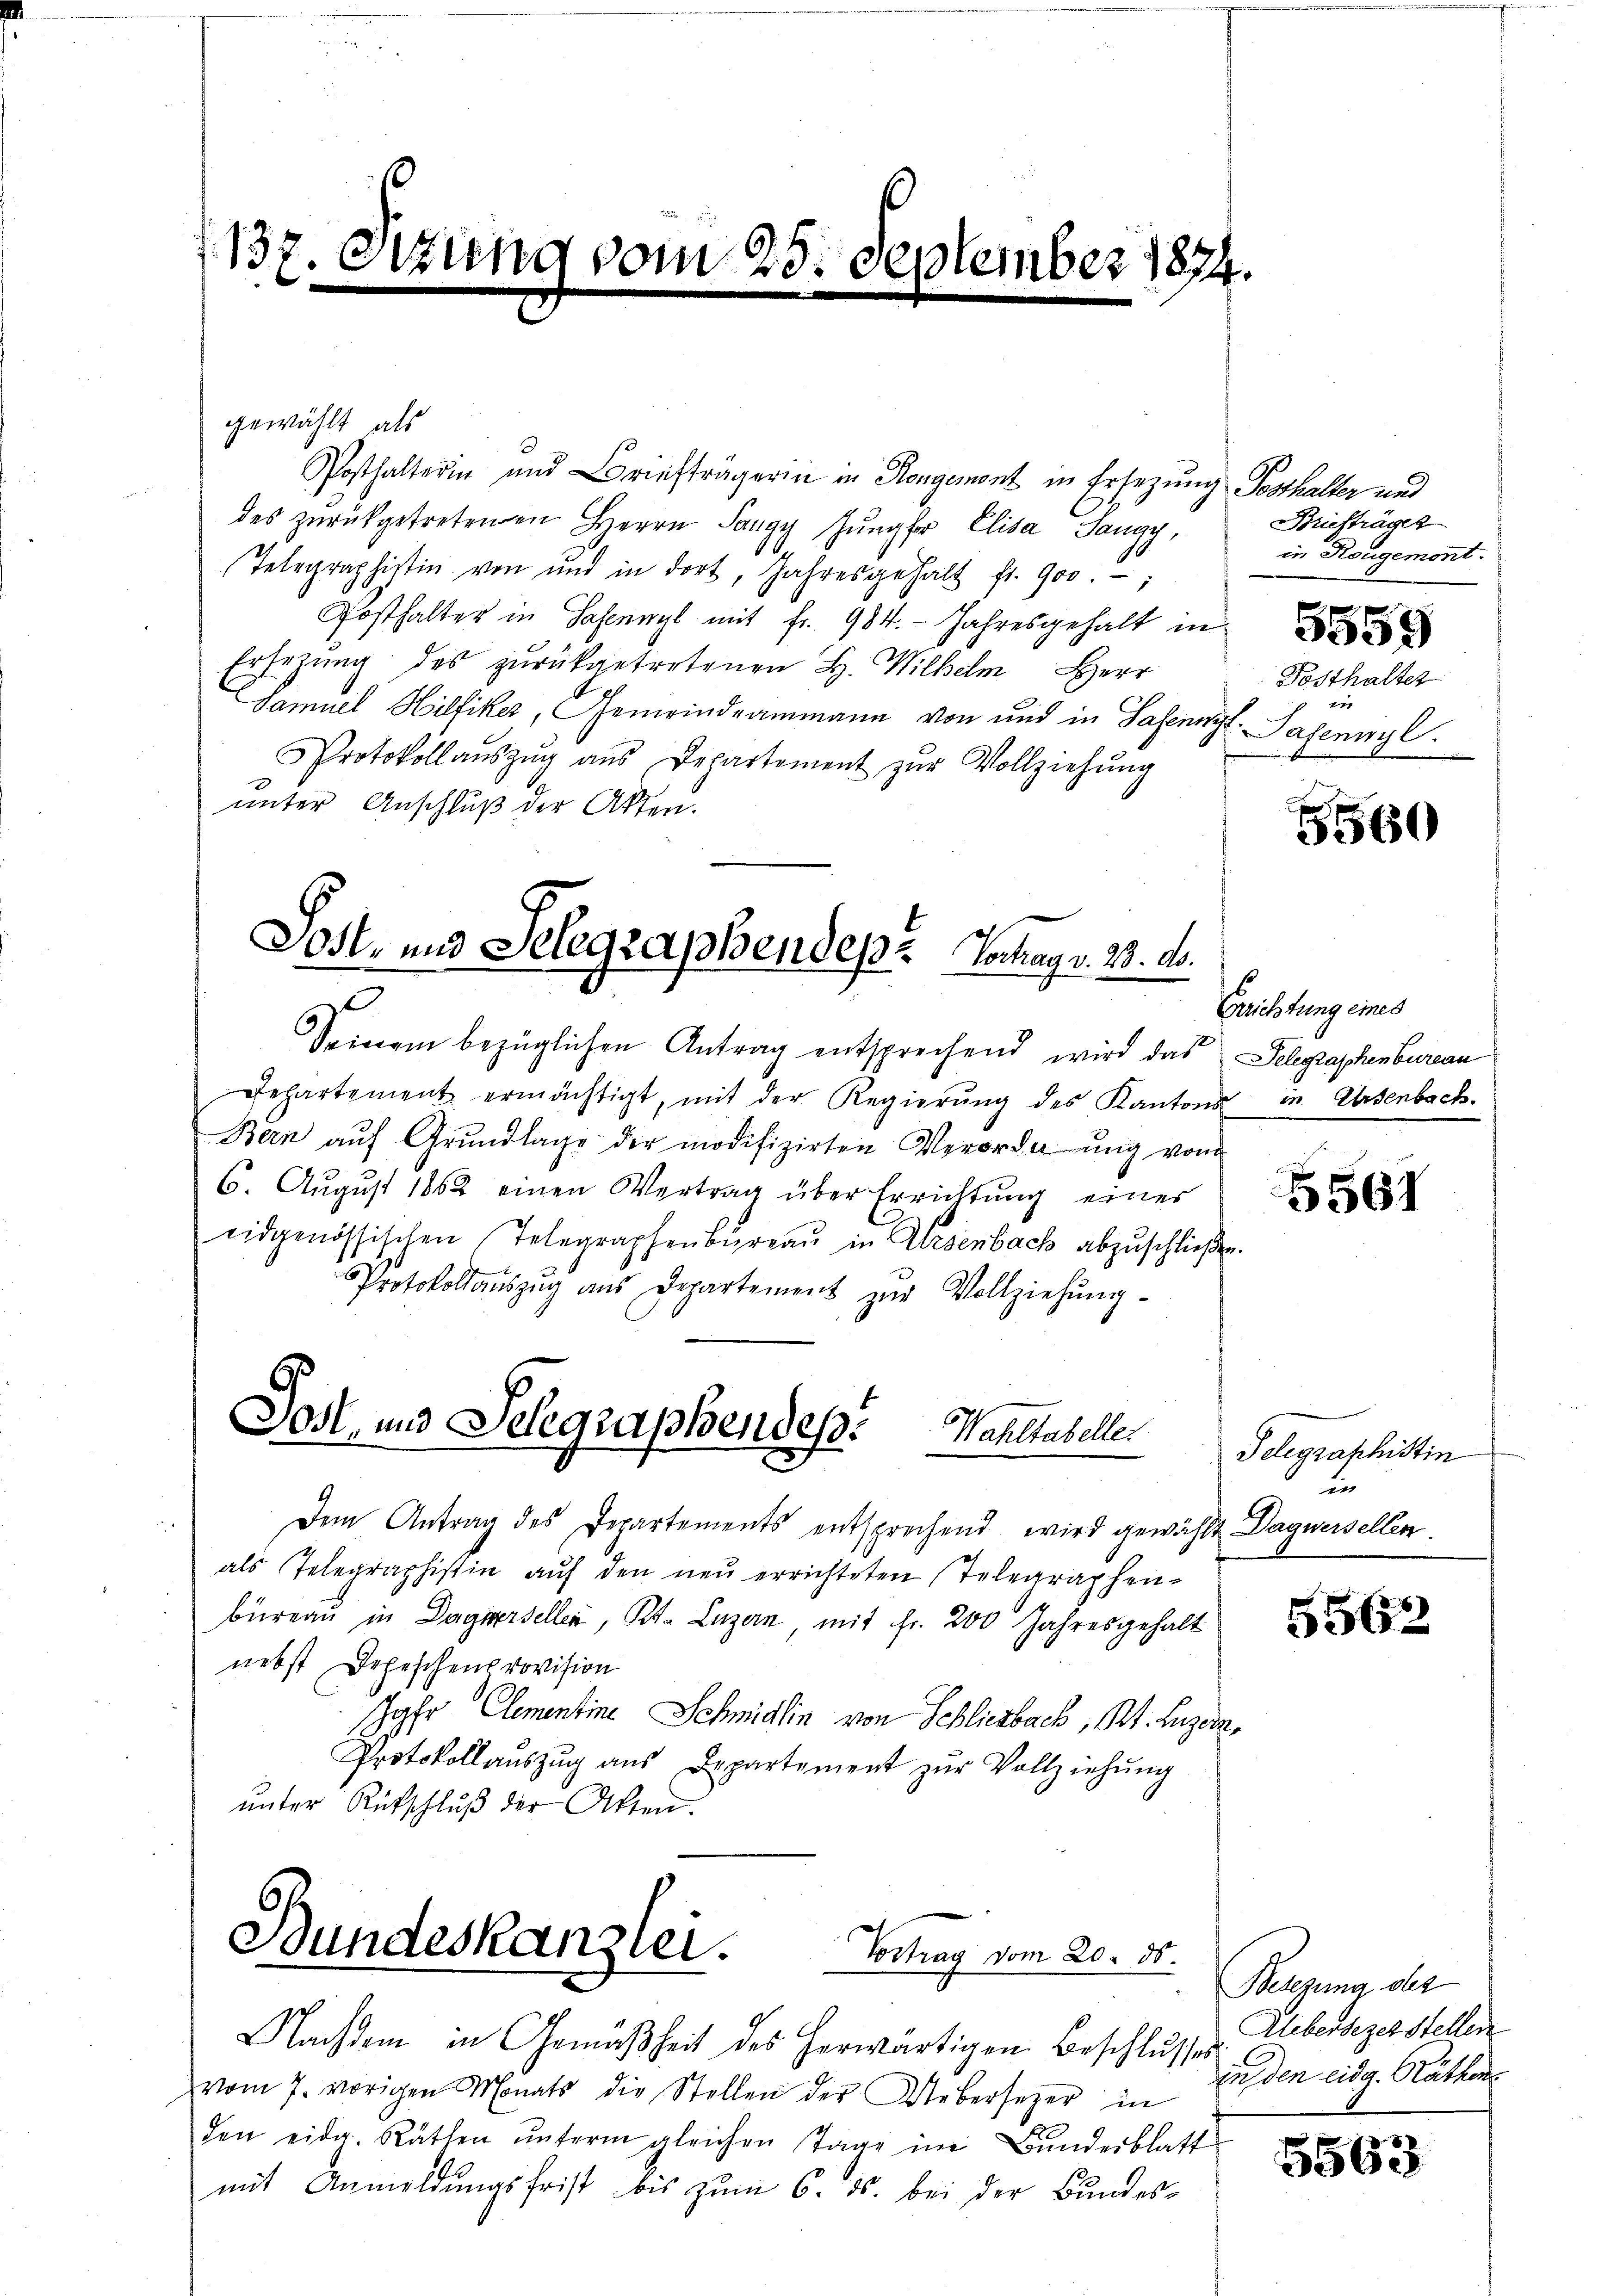
137
Otzung vom 25. September 1874.

gewählt, als
Posthalterin und Briefträgerin in Rongemont in Ersezung Posthalter und
des zurückgetretenen Herrn Sangy Jŭngfer Elisa Sangy,
Telegraphistin von und in dort, Jahresgehalt fr. 900.
Posthalter in Sohn mit fr. 984. Jahresgehalt in
Ersezung des zurückgetretenen H. Wilhelm Herr
Samuel Hilfiker, Gemeindeammann von und in Safennit-Sajennyl.
Protokollaŭszŭg aŭs Departement zŭr Vollziehŭng
unter Anschluß der Akten.

Dost- und Selegraphendes Vortrag v. 28. ds.

Jost, und Selegraphendes. Wahltabeller

t
Seinem bezüglichen Antrag entsprechend wird das Telegraphenbureau
Departement ermächtigt, mit der Regierŭng des Kantons in Arsenbach.
Bern aŭf Grŭndlage der modifizirten Verordnŭng vom
6. August 1862 einen Vertrag über Errichtung eines
eidgenössischen Telegraphenbureau in Alesenbach abzuschließen
Protokollauszug aus Departement zŭr Vollziehŭng

Bundeskanzlei.
Vortrag vom 20. ds.

Nachdem in Gemäßheit des herwärtigen Beschlusses
vom 7. vorigen Monats die Stollen der Uebersezer in Erden eidg. Räthenden eidg. Räthen ŭnterm gleichen Tage im Bŭndesblatt
mit Anmeldungsfrist bis zum 6. ds. bei der Bundes¬

Dem Antrag des Departements entsprechend wird gewählt Dagnersellen.
als Telegraphistin auf den neu errichteten Telegraphen-
büreau in Dagnersellen, Kt. Luzern, mit Fr. 200 Jahresgehalt
nebst Depeschenprovision
Jahr Cementine Schmidlin von Schliesbach, Kt. Luzern,
Protokollaŭszŭg aŭs Departement zŭr Vollziehŭng
ŭnter Rütschlŭβ der Akten.

Briefträger
in Rougemont.

5559

Posthalter
t

5560

Fristung eines

5561

Telegraphistin
e

5562

Besetzung des
Uebersezerstellen.

5563